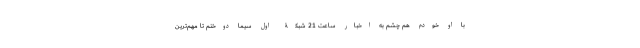
با او خودم هم چشم به اخبار ساعت 21 شبکۀ اول سیما دوختم تا مهم‌ترین